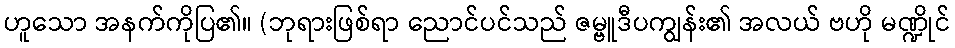
ဟူသော အနက်ကိုပြ၏။ (ဘုရားဖြစ်ရာ ညောင်ပင်သည် ဇမ္ဗူဒီပကျွန်း၏ အလယ် ဗဟို မဏ္ဍိုင်